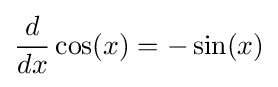
{\frac {d}{dx}}\cos(x)=-\sin(x)